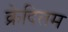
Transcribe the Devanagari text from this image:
क्रेदितम